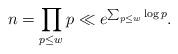
LaTeX: \begin{align*}n=\prod_{p \leq w} p \ll e^{\sum_{p \leq w} \log p} .\end{align*}